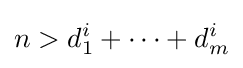
n>d_{1}^{i}+\cdots +d_{m}^{i}